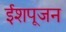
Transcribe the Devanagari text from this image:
ईशपूजन